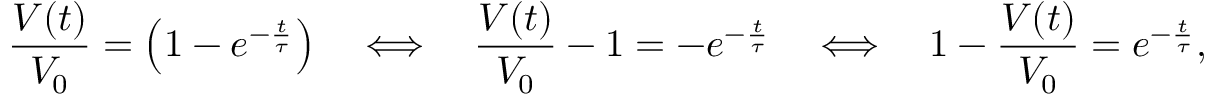
{ \frac { V ( t ) } { V _ { 0 } } } = \left( 1 - e ^ { - { \frac { t } { \tau } } } \right) \quad \Longleftrightarrow \quad { \frac { V ( t ) } { V _ { 0 } } } - 1 = - e ^ { - { \frac { t } { \tau } } } \quad \Longleftrightarrow \quad 1 - { \frac { V ( t ) } { V _ { 0 } } } = e ^ { - { \frac { t } { \tau } } } ,